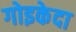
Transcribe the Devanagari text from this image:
गोइकेदा